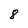
Character: 8